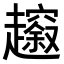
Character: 𧾠